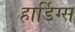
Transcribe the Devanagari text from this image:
हार्डिग्स